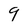
Character: 9